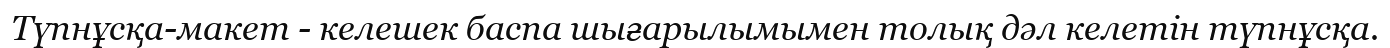
Түпнұсқа-макет - келешек баспа шығарылымымен толық дәл келетiн түпнұсқа.